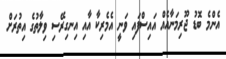
އެންމެ ބޮޑު ޖޫރިމަނާއެއް އައިސްފައި ވަނީ އެމެރިކާ އާއި އިނގިރޭސި ވިލާތުގެ އިތުރަށް